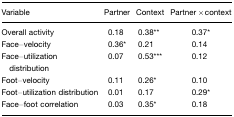
<table><thead><tr><td><b>Variable</b></td><td><b>Partner</b></td><td><b>Context</b></td><td><b>Partner×context</b></td></tr></thead><tbody><tr><td>Overall activity</td><td>0.18</td><td>0.38**</td><td>0.37*</td></tr><tr><td>Face–velocity</td><td>0.36*</td><td>0.21</td><td>0.14</td></tr><tr><td>Face–utilization distribution</td><td>0.07</td><td>0.53***</td><td>0.12</td></tr><tr><td>Foot–velocity</td><td>0.11</td><td>0.26*</td><td>0.10</td></tr><tr><td>Foot–utilization distribution</td><td>0.01</td><td>0.17</td><td>0.29*</td></tr><tr><td>Face–foot correlation</td><td>0.03</td><td>0.35*</td><td>0.18</td></tr></tbody></table>